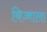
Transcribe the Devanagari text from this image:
बिज्जाला